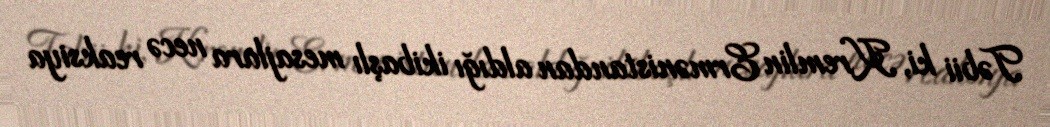
Təbii ki, Kremlin Ermənistandan aldığı ikibaşlı mesajlara necə reaksiya